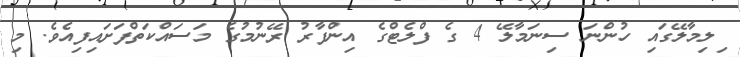
ިލިމާލޭގައި ހުންނަ ސިނަމާލޭ 4 ގެ ފްލެޓްގެ އިންފާރު ރޭނުމުގެ މަސައްކަތްފަށައިފިއެވެ. މި